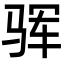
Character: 𩧰